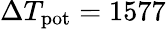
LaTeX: \Delta T_{\mathrm{pot}}=1577